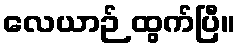
လေယာဉ် ထွက်ပြီ။